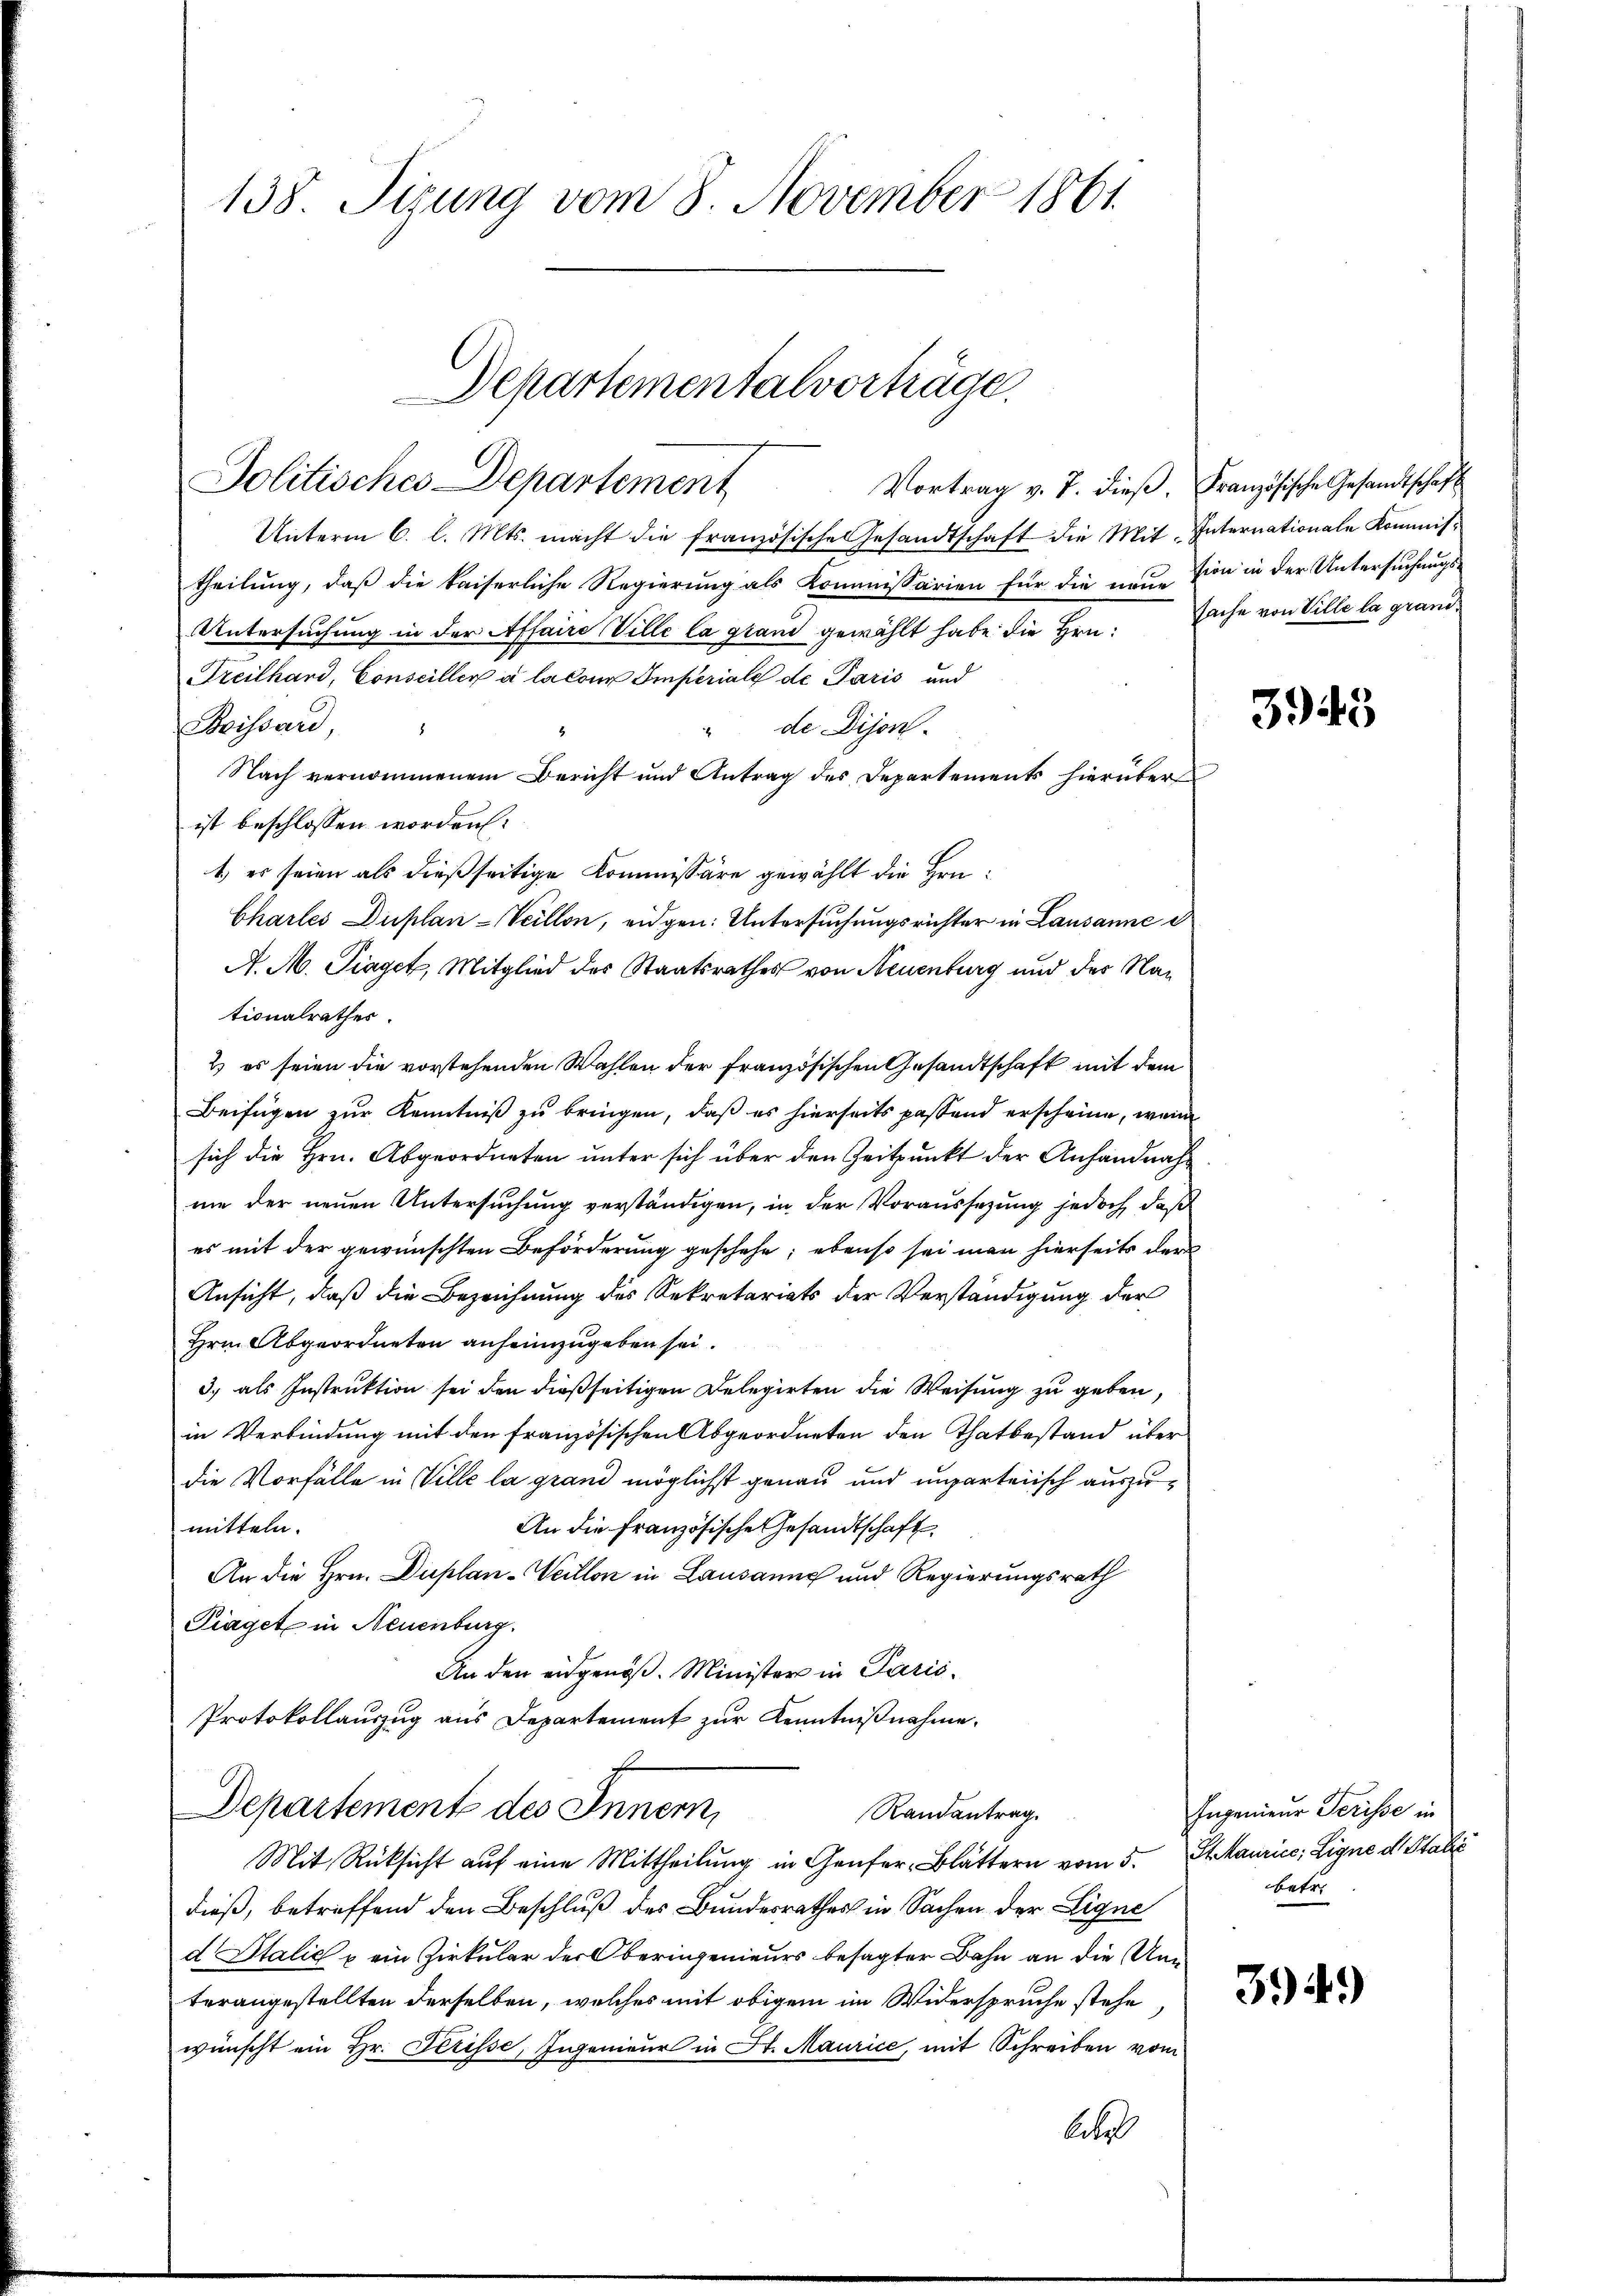
138. Sizung vom 8. November 1861

Departementalvorträge.
Politisches Departement

Vortrag v. 7. dieβ. Französische Gesandtschaft
Unterm 6. l. Mts. macht die französische Gesandtschaft die Mit Internationale Kommis-
theilung, daß die kaiserliche Regierung als Kommissarien für die neuesion in der Untersuchungs¬
Untersuchung in der Affaire Ville la grand gewählt habe die Hrn.
Freilhard, Conseiller à la tous Imperiale de Paris und
Buissard
de Dijon.
6
Nach vernommenem Bericht und Antrag des Departements hierüber
ist beschlossen worden.
1. es seien als dießseitige Kommissäre gewählt die Hrn.
Chartes Duplan-Veillon, eidgen: Untersuchungsrichter in Lausanne d
A. M. Traget, Mitglied des Staatsrathes von Neuenburg und der Nationalrathes.
2) es seien die vorstehenden Wahlen der französischen Gesandtschaft mit dem
Beifügen zur Kenntniß zu bringen, daß es hierseits passend erscheine, wenn
sich die Hrn. Abgeordneten unter sich über den Zeitpunkt der Anhandnahnie der neuen Untersuchung verständigen, in der Voraussetzung jedoch, daß
es mit der gewünschten Beförderung geschehe; ebenso sei man hierseits der
Ansicht, daß die Bezeichnung des Sekretariats der Verständigung der
Hrn. Abgeordneten anheimzugeben sei.
3) als Instruktion sei den dießseitigen Delegirten die Weisung zu geben,
in Verbindung mit den französischen Abgeordneten den Thatbestand über
die Vorfälle in Ville la grand möglichst genau und unparteiisch auszumitteln.
An die Französische Gesandtschaft
An die Hrn. Duplan-Weillon in Lausanne und Regierungsrath
Piaget in Neuenburg.
An den eidgenöß. Minister in Paris
Protokollauszug aus Departement zur Kenntnißnahme.
Departement des Innern,
Randantrag.
Mit Rücksicht aŭf eine Mittheilung in Genfer, Blättern vom 5. St. Maurice, Ligne d. Stalie
dieß, betreffend den Beschluß des Bundesrathes in Sachen der Ligne
d Italić u ein Zirkular der Oberingenieurs besagter Bahn an die Unterangestellten derselben, welches mit obigem im Widerspruche stehe
wünscht ein Hr. Herisse, Ingenieur in St. Maurice, mit Schreiben vom
betr

sache von Ville la grand¬

3943

Ingenieur Ferisse in
betr.
394)